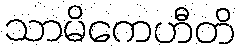
သာမိကေဟီတိ